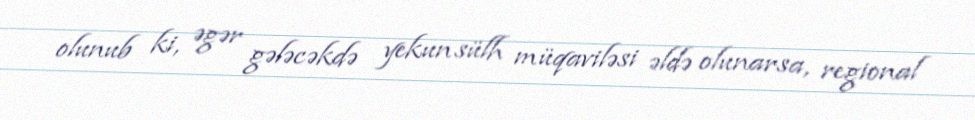
olunub ki, əgər gələcəkdə yekun sülh müqaviləsi əldə olunarsa, regional